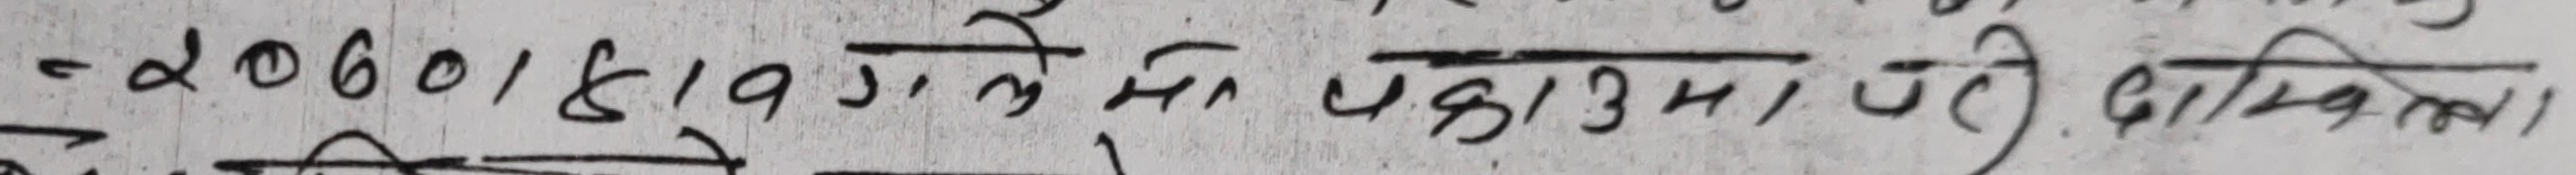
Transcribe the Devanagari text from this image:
-२०७०।४।१९ गते का. पा. उ. पँटि दाखिला